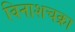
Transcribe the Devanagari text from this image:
विनाशचक्रा